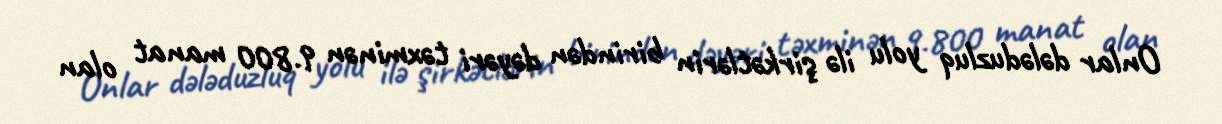
Onlar dələduzluq yolu ilə şirkətlərin birindən dəyəri təxminən 9.800 manat olan